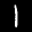
Label: 1